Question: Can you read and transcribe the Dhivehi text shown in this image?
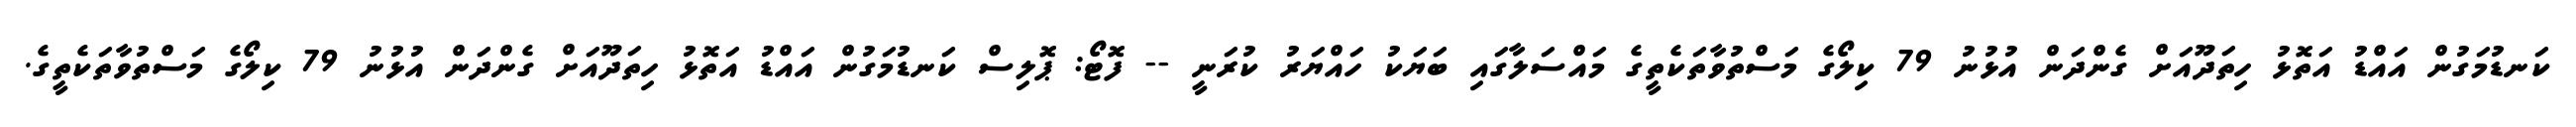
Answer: ކަނޑުމަގުން އައްޑު އަތޮޅު ހިތަދޫއަށް ގެންދަން އުޅުނު 79 ކިލޯގެ މަސްތުވާތަކެތީގެ މައްސަލާގައި ބަޔަކު ހައްޔަރު ކުރަނީ -- ފޮޓޯ: ޕޮލިސް ކަނޑުމަގުން އައްޑު އަތޮޅު ހިތަދޫއަށް ގެންދަން އުޅުނު 79 ކިލޯގެ މަސްތުވާތަކެތީގެ.